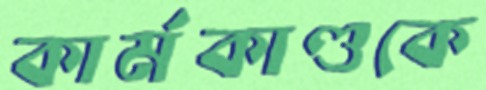
কার্মকাণ্ডকে